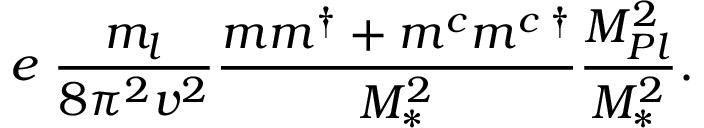
e \; \frac { m _ { l } } { 8 \pi ^ { 2 } v ^ { 2 } } \frac { m m ^ { \dagger } + m ^ { c } m ^ { c \; \dagger } } { M _ { \ast } ^ { 2 } } \frac { M _ { P l } ^ { 2 } } { M _ { \ast } ^ { 2 } } .